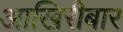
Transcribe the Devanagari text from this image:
आखिरीबार